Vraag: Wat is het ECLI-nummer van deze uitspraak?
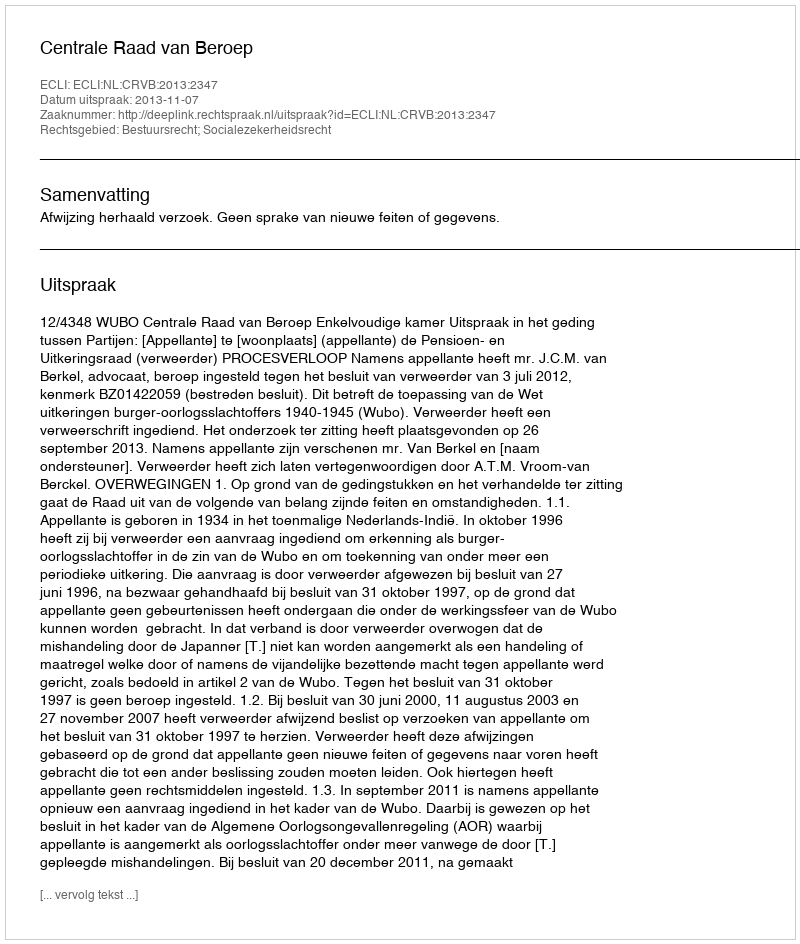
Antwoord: ECLI:NL:CRVB:2013:2347